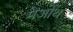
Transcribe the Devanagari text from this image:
मेओथ